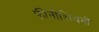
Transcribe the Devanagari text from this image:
फीनीशियनों